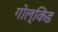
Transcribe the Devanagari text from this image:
गोल्किड